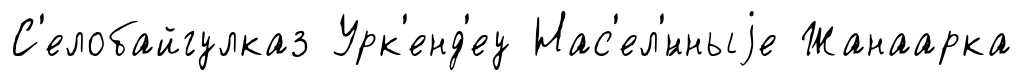
С'елобайгулказ Урк'енд'еу Нас'ел'́нныjе Жанаарка